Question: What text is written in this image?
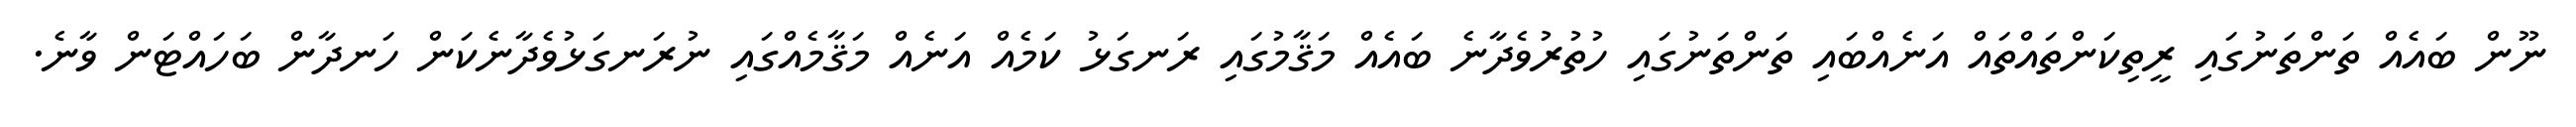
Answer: ނޫން ބައެއް ތަންތަނުގައި ރީތިކަންތައްތައް އަނެއްބައި ތަންތަނުގައި ހުތުރުވެދާނެ ބައެއް މަޤާމުގައި ރަނގަޅު ކަމެއް އަނެއް މަޤާމެއްގައި ނުރަނގަޅުވެދާނެކަން ހަނދާން ބަހައްޓަން ވާނެ.